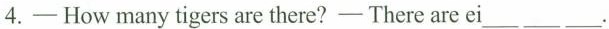
4.—How many tigers are there?—There are ei ___ ___ ___ .